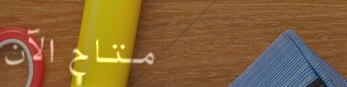
متاح الآن